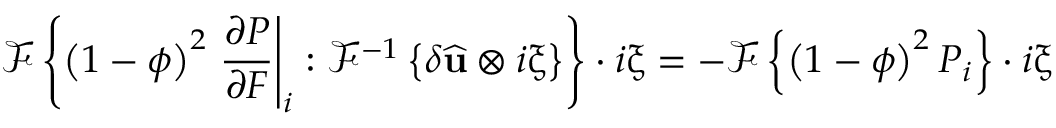
\mathcal { F } \left\{ \left( 1 - \phi \right) ^ { 2 } \left. \frac { \partial \boldsymbol { P } } { \partial \boldsymbol { F } } \right| _ { i } : \mathcal { F } ^ { - 1 } \left\{ \delta \widehat { \mathbf { u } } \otimes i \boldsymbol { \upxi } \right\} \right\} \cdot i \boldsymbol { \upxi } = - \mathcal { F } \left\{ \left( 1 - \phi \right) ^ { 2 } \boldsymbol { P } _ { i } \right\} \cdot i \boldsymbol { \upxi }